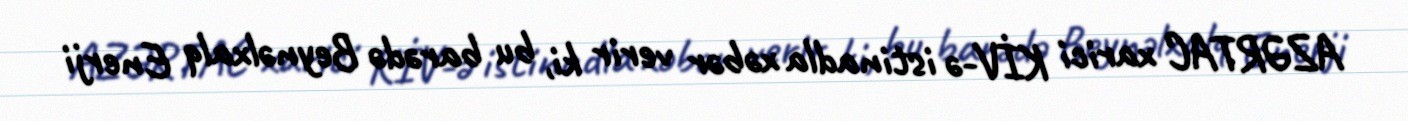
AZƏRTAC xarici KİV-ə istinadla xəbər verir ki, bu barədə Beynəlxalq Enerji